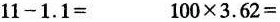
11-1.1= 100×3.62=